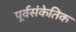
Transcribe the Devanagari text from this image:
पूर्वसंकेतिक